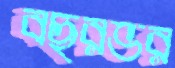
বছরভর